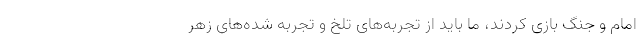
امام و جنگ بازی کردند، ما باید از تجربه‌های تلخ و تجربه شده‌های زهر